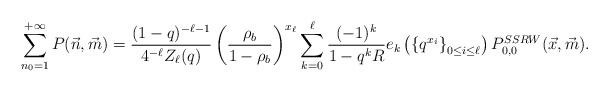
\begin{align*}\sum_{n_0=1}^{+\infty} P(\vec n, \vec m) = \frac{(1-q)^{-\ell-1}}{4^{-\ell} Z_{\ell}(q)} \left(\frac{\rho_b}{1-\rho_b}\right)^{x_{\ell}}\sum_{k=0}^{\ell} \frac{(-1)^k}{1-q^k R} e_k\left( \left\lbrace q^{x_i}\right\rbrace_{0\leq i\leq \ell}\right) P^{SSRW}_{0,0}(\vec x, \vec m).\end{align*}